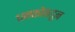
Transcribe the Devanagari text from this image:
धनकोंकडून